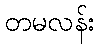
တမလန်း